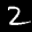
Label: 2